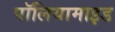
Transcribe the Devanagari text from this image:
पॉलियामाइड